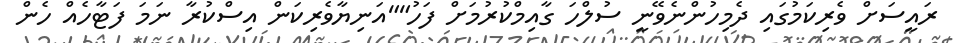
ރައީސަށް ވެރިކަމުގައި ދެމިހުންނެވޭނީ ސުލްހަ ގާއިމްކުރުމަށް ފަހު""އަނިޔާވެރިކަން އިސްކުރާ ނަމަ ފަޓާހެއް ހެން